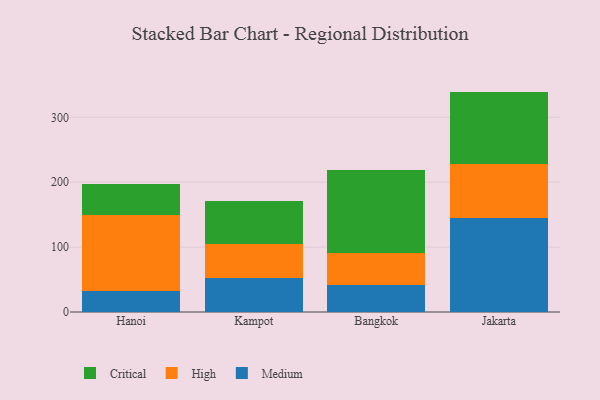
{"axis": {"x": "City", "y": "Energy Usage (MWh)"}, "legend": ["Critical", "High", "Medium"], "data": [{"x": "Hanoi", "y": 33.1, "type": "Medium"}, {"x": "Hanoi", "y": 117.0, "type": "High"}, {"x": "Hanoi", "y": 47.5, "type": "Critical"}, {"x": "Kampot", "y": 51.9, "type": "Medium"}, {"x": "Kampot", "y": 52.4, "type": "High"}, {"x": "Kampot", "y": 66.1, "type": "Critical"}, {"x": "Bangkok", "y": 42.3, "type": "Medium"}, {"x": "Bangkok", "y": 49.0, "type": "High"}, {"x": "Bangkok", "y": 128.0, "type": "Critical"}, {"x": "Jakarta", "y": 144.4, "type": "Medium"}, {"x": "Jakarta", "y": 83.7, "type": "High"}, {"x": "Jakarta", "y": 111.5, "type": "Critical"}]}